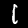
Digit: 1